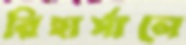
রিহার্সালে